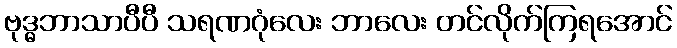
ဗုဒ္ဓဘာသာပီပီ သရဏဂုံလေး ဘာလေး တင်လိုက်ကြရအောင်